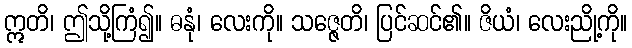
ဣတိ၊ ဤသို့ကြံ၍။ ဓနုံ၊ လေးကို။ သဇ္ဇေတိ၊ ပြင်ဆင်၏။ ဇိယံ၊ လေးညို့ကို။